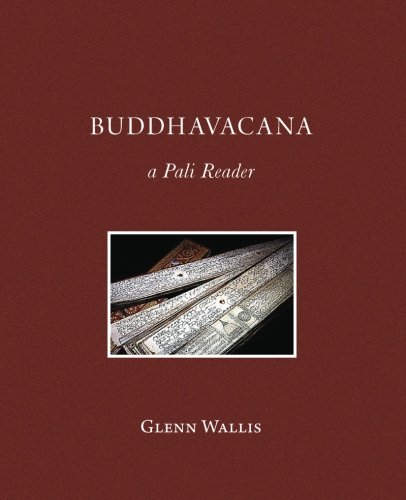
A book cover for Buddhavacana: A Pali Reader; Glenn Wallis; Religion & Spirituality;